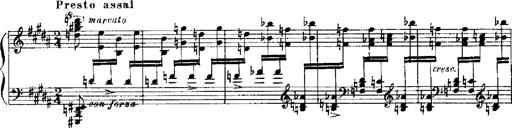
Title: RÃ©miniscences de Robert le diable
Composer: Franz Liszt